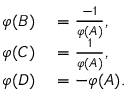
\begin{array} { r l } { \varphi ( B ) } & { { } = { \frac { - 1 } { \varphi ( A ) } } , } \\ { \varphi ( C ) } & { { } = { \frac { 1 } { \varphi ( A ) } } , } \\ { \varphi ( D ) } & { { } = - \varphi ( A ) . } \end{array}